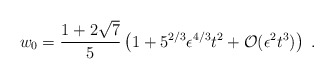
\begin{align*}w_0= {1+2 \sqrt{7}\over 5} \left(1+5^{2/3} \epsilon^{4/3} t^2 + {\cal O}(\epsilon^2 t^3)\right)\ .\end{align*}